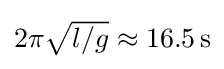
{\textstyle 2\pi {\sqrt {l/g}}\approx 16.5\,\mathrm {s} }